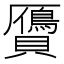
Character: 贗